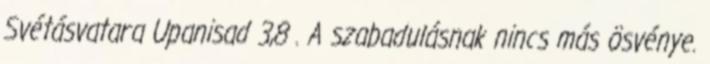
Svétásvatara Upanisad 3,8 . A szabadulásnak nincs más ösvénye.